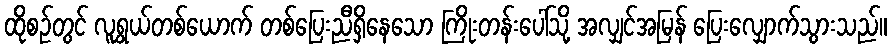
ထိုစဉ်တွင် လူရွယ်တစ်ယောက် တစ်ပြေးညီရှိနေသော ကြိုးတန်းပေါ်သို့ အလျှင်အမြန် ပြေးလျှောက်သွားသည်။